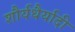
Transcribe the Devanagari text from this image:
शौर्यधैर्यादी